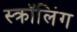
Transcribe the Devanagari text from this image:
स्क्रॉलिंग